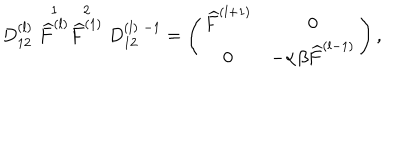
LaTeX: D _ { 1 2 } ^ { ( l ) } \stackrel { 1 } { \widehat { F } ^ { ( l ) } } \stackrel { 2 } { \widehat { F } ^ { ( 1 ) } } D _ { 1 2 } ^ { ( l ) \; - 1 } = \left( \begin{array} { c c } { { \widehat { F } ^ { ( l + 1 ) } } } & { { 0 } } \\ { { 0 } } & { { - \alpha \beta \widehat { F } ^ { ( l - 1 ) } } } \\ \end{array} \right) ,